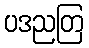
ပဒညတြ